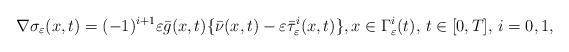
LaTeX: \begin{align*} \nabla \sigma_\varepsilon(x,t) = (-1)^{i+1}\varepsilon\bar{g}(x,t)\{\bar{\nu}(x,t)-\varepsilon\bar{\tau}_\varepsilon^i(x,t)\}, x\in\Gamma_\varepsilon^i(t), \, t\in[0,T], \, i=0,1, \end{align*}